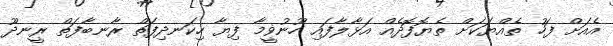
އެއަށް ފަހު ތެއްޔަކަށް ތެޔޮފޮދެއް އަޅާލާފައި ހޫނުޥީމާ ފިޔާ ހިކަނދިފަތް ރާނބާފަތް ރީނދޫ